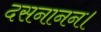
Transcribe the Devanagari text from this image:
दसनानन।